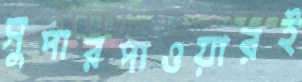
সুপারপাওয়ারই